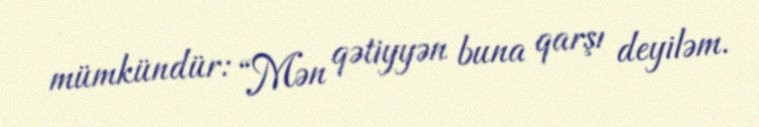
mümkündür: “Mən qətiyyən buna qarşı deyiləm.